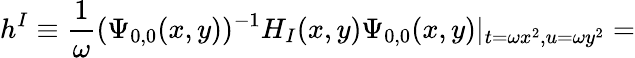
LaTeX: h^{I}\equiv\frac{1}{\omega}(\Psi_{0,0}(x,y))^{-1}H_{I}(x,y)\Psi_{0,0}(x,y)|_{t=\omega x^{2},u=\omega y^{2}}=